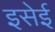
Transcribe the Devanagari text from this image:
इसेई